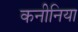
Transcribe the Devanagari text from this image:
कनीनिया